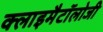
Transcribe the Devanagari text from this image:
क्लाइमैटॉलोजी